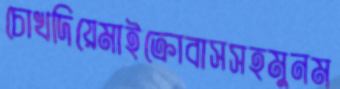
চোখদিয়েমাইক্রোবাসসহমুনম